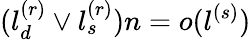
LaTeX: (l_{d}^{(r)}\vee l_{s}^{(r)})n=o(l^{(s)})